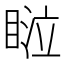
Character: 𰥴